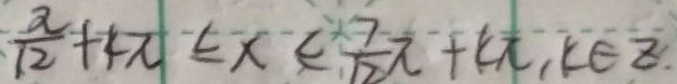
\frac { \pi } { 1 2 } + 4 \pi \leq x < \frac { 7 } { 1 2 } \pi + 4 \pi , k \in z